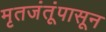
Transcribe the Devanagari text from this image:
मृतजंतूंपासून